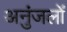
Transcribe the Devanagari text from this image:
अनुंजलों